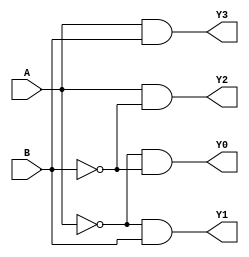
module demux2to4 (
    input A, B,
    output Y0, Y1, Y2, Y3
);

assign Y0 = (~A & ~B);
assign Y1 = (~A & B);
assign Y2 = (A & ~B);
assign Y3 = (A & B);

endmodule